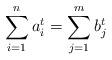
LaTeX: \begin{align*}\sum_{i=1}^na_i^t=\sum_{j=1}^mb_j^t\end{align*}